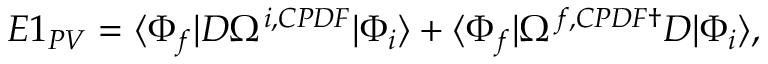
\begin{array} { r } { E 1 _ { P V } = \langle \Phi _ { f } | D \Omega ^ { i , C P D F } | \Phi _ { i } \rangle + \langle \Phi _ { f } | \Omega ^ { f , C P D F \dagger } D | \Phi _ { i } \rangle , } \end{array}